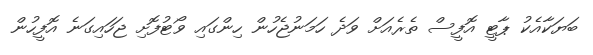
ބަޔަކާއެކު ޕާޓީ އޮފީސް ތެރެއަށް ވަދެ ހަމަނުޖެހުން ހިންގައި ވޯޓުފޮށި ޖަހައިގަނެ އޮފީހުން